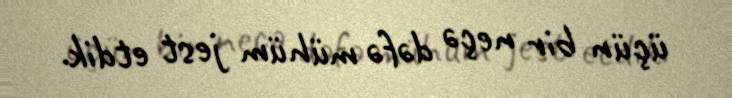
üçün bir neçə dəfə mühüm jest etdik.